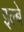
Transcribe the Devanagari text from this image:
इल्बे